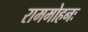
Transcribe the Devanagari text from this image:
राममोहनः